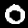
Digit: 0